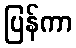
ပြန်ကာ